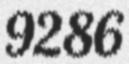
9286